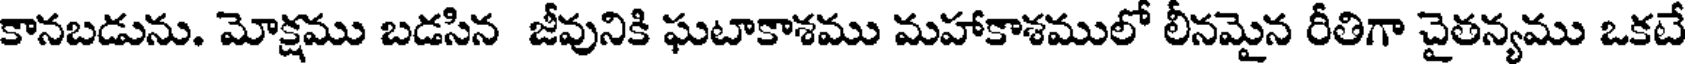
కానబడును. మోక్షము బడసిన జీవునికి ఘటాకాశము మహాకాశములో లీనమైన రీతిగా చైతన్యము ఒకటే